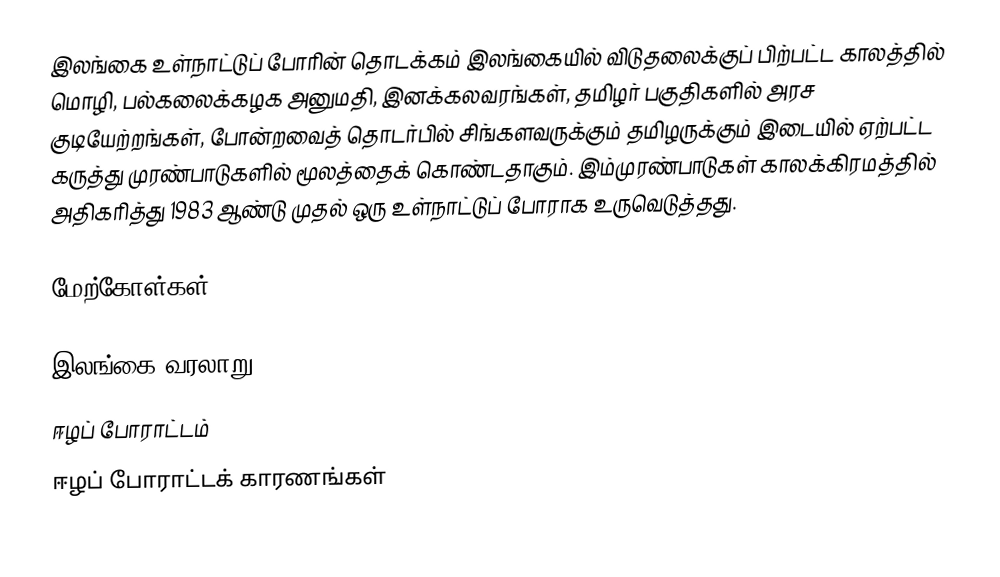
இலங்கை உள்நாட்டுப் போரின் தொடக்கம் இலங்கையில் விடுதலைக்குப் பிற்பட்ட காலத்தில் மொழி, பல்கலைக்கழக அனுமதி, இனக்கலவரங்கள், தமிழர் பகுதிகளில் அரச குடியேற்றங்கள், போன்றவைத் தொடர்பில் சிங்களவருக்கும் தமிழருக்கும் இடையில் ஏற்பட்ட கருத்து முரண்பாடுகளில் மூலத்தைக் கொண்டதாகும். இம்முரண்பாடுகள் காலக்கிரமத்தில் அதிகரித்து 1983 ஆண்டு முதல் ஒரு உள்நாட்டுப் போராக உருவெடுத்தது.

மேற்கோள்கள்

இலங்கை வரலாறு
ஈழப் போராட்டம்
ஈழப் போராட்டக் காரணங்கள்